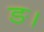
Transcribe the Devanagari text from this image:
ङ।